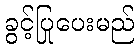
ခွင့်ပြုပေးမည်